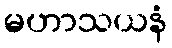
မဟာသယနံ